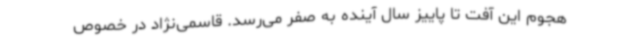
هجوم این آفت تا پاییز سال آینده به صفر می‌رسد. قاسمی‌نژاد در خصوص